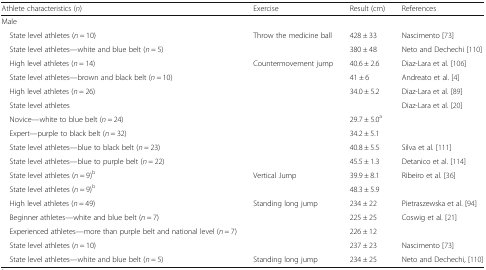
<table><thead><tr><td><b>Athlete characteristics (<i>n</i>)</b></td><td><b>Exercise</b></td><td><b>Result (cm)</b></td><td><b>References</b></td></tr></thead><tbody><tr><td colspan="4">Male</td></tr><tr><td> State level athletes (<i>n</i> = 10)</td><td>Throw the medicine ball</td><td>428 ± 33</td><td>Nascimento [73]</td></tr><tr><td> State level athletes—white and blue belt (<i>n</i> = 5)</td><td></td><td>380 ± 48</td><td>Neto and Dechechi [110]</td></tr><tr><td> High level athletes (<i>n</i> = 14)</td><td>Countermovement jump</td><td>40.6 ± 2.6</td><td>Diaz-Lara et al. [106]</td></tr><tr><td> State level athletes—brown and black belt (<i>n</i> = 10)</td><td></td><td>41 ± 6</td><td>Andreato et al. [4]</td></tr><tr><td> High level athletes (<i>n</i> = 26)</td><td></td><td>34.0 ± 5.2</td><td>Diaz-Lara et al. [89]</td></tr><tr><td> State level athletes</td><td></td><td></td><td>Diaz-Lara et al. [20]</td></tr><tr><td> Novice—white to blue belt (<i>n</i> = 24)</td><td></td><td>29.7 ± 5.0<sup>a</sup></td><td></td></tr><tr><td> Expert—purple to black belt (<i>n</i> = 32)</td><td></td><td>34.2 ± 5.1</td><td></td></tr><tr><td> State level athletes—blue to black belt (<i>n</i> = 23)</td><td></td><td>40.8 ± 5.5</td><td>Silva et al. [111]</td></tr><tr><td> State level athletes—blue to purple belt (<i>n</i> = 22)</td><td></td><td>45.5 ± 1.3</td><td>Detanico et al. [114]</td></tr><tr><td> State level athletes (<i>n</i> = 9)<sup>b</sup></td><td>Vertical Jump</td><td>39.9 ± 8.1</td><td>Ribeiro et al. [36]</td></tr><tr><td> State level athletes (<i>n</i> = 9)<sup>b</sup></td><td></td><td>48.3 ± 5.9</td><td></td></tr><tr><td> High level athletes (<i>n</i> = 49)</td><td>Standing long jump</td><td>234 ± 22</td><td>Pietraszewska et al. [94]</td></tr><tr><td> Beginner athletes—white and blue belt (<i>n</i> = 7)</td><td></td><td>225 ± 25</td><td>Coswig et al. [21]</td></tr><tr><td> Experienced athletes—more than purple belt and national level (<i>n</i> = 7)</td><td></td><td>226 ± 12</td><td></td></tr><tr><td> State level athletes (<i>n</i> = 10)</td><td></td><td>237 ± 23</td><td>Nascimento [73]</td></tr><tr><td> State level athletes—white and blue belt (<i>n</i> = 5)</td><td>Standing long jump</td><td>234 ± 25</td><td>Neto and Dechechi, [110]</td></tr></tbody></table>